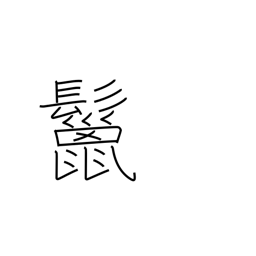
Meaning: mane